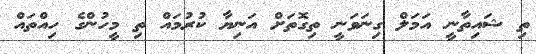
ތި ޝައިތާނީ އަމަލް ގިނަވަނީ ތިގޮތަށް އަނިޔާ ކުރުމައް ތި މީހުންގެ ހިއްތައް